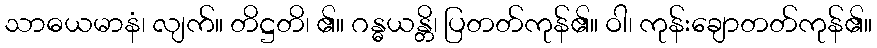
သာဓယမာနံ၊ လျက်။ တိဋ္ဌတိ၊ ၏။ ဂန္ဓယန္တိ၊ ပြတတ်ကုန်၏။ ဝါ၊ ကုန်းချောတတ်ကုန်၏။